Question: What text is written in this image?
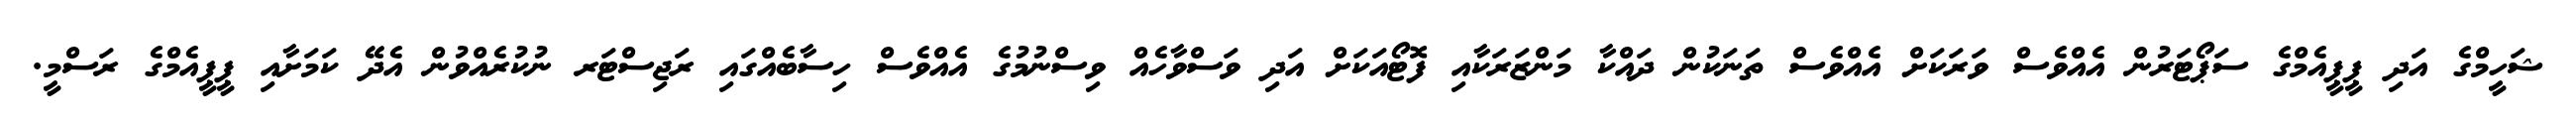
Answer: ޝަހީމްގެ އަދި ޕީޕީއެމްގެ ސަޕޯޓަރުން އެއްވެސް ވަރަކަށް އެއްވެސް ތަނަކުން ދައްކާ މަންޒަރަކާއި ފޮޓޯއަކަށް އަދި ވަސްވާހެއް ވިސްނުމުގެ އެއްވެސް ހިސާބެއްގައި ރަޖިސްޓަރ ނުކުރެއްވުން އެދޭ ކަމަށާއި ޕީޕީއެމްގެ ރަސްމީ.